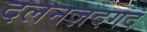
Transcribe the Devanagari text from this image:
दलनज़दगद